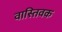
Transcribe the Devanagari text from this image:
वास्‍तिवक